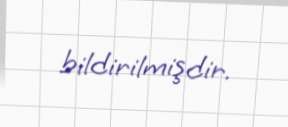
bildirilmişdir.